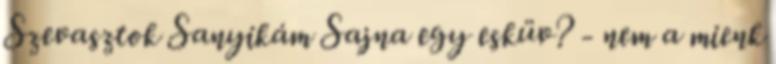
Szevasztok Sanyikám Sajna egy esküv? - nem a mienk